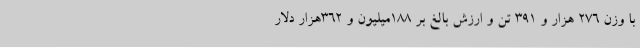
با وزن 276 هزار و 391 تن و ارزش بالغ بر 188میلیون و 362هزار دلار